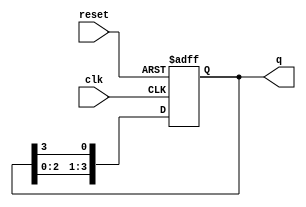
module bistable_ring_counter #(parameter N = 4) (
    input wire clk,       // Clock signal
    input wire reset,     // Asynchronous reset signal
    output reg [N-1:0] q // Output state of the ring counter
);

// Initial state
initial begin
    q = 1'b1; // Set the first flip-flop to '1', others to '0'
end

always @(posedge clk or posedge reset) begin
    if (reset) begin
        q <= 1'b1; // Reset the counter to the initial state
    end else begin
        // Shift the '1' to the right
        q <= {q[N-2:0], q[N-1]}; // Rotate the '1' through the flip-flops
    end
end

endmodule